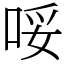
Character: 哸